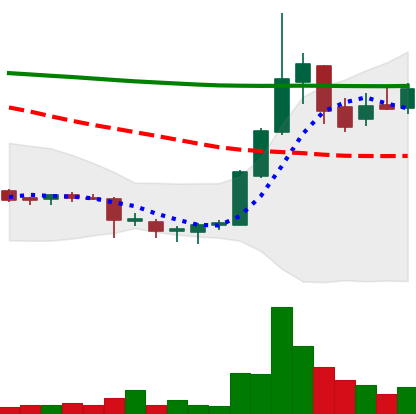
Ticker: DOGE-USD
Chart end date: 2018-07-24
Forward return: -8.646%
Label: down_7plus